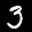
Label: 3